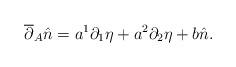
LaTeX: \begin{align*}\overline{\partial}_A \hat{n} = a^1 \partial_1 \eta + a^2 \partial_2 \eta + b \hat{n}.\end{align*}